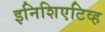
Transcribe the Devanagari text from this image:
इनिशिएटिव्ह